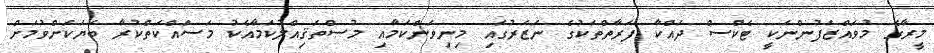
މީރާގެ މުވައްޒަފުންނަކީ ޓެކްސް ދައްކާ ފަރާތްތަކުގެ ނަޒަރުގައި މިނިވަންކަމާއި މުސްތަޤިއްލުކަމާއެކު މަސައްކަތްކުރާ ބަޔަކަށްވުމަށް